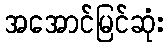
အအောင်မြင်ဆုံး